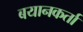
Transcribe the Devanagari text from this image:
बयानकर्ता